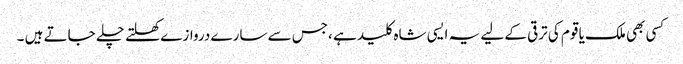
کسی بھی ملک یا قوم کی ترقی کے لیے یہ ایسی شاہ کلید ہے ،جس سے سارے دروازے کھلتے چلے جاتے ہیں ۔